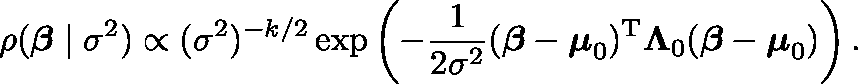
\rho ( { \boldsymbol { \beta } } \mid \sigma ^ { 2 } ) \propto ( \sigma ^ { 2 } ) ^ { - k / 2 } \exp \left( - { \frac { 1 } { 2 \sigma ^ { 2 } } } ( { \boldsymbol { \beta } } - { \boldsymbol { \mu } } _ { 0 } ) ^ { \mathrm { { T } } } \mathbf { \Lambda } _ { 0 } ( { \boldsymbol { \beta } } - { \boldsymbol { \mu } } _ { 0 } ) \right) .